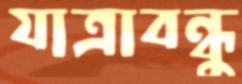
যাত্রাবন্ধু